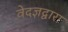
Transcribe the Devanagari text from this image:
वेदज्ञद्वारा